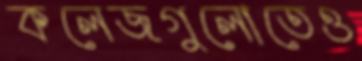
কলেজগুলোতেও